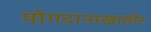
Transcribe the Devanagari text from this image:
योगदानाखातीर